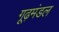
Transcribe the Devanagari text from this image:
गूढ़मंडल